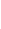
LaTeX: M\! \! \! \! \! \! \! \! \! \! \! \! (s\! \! \! \! \! \! \! \! \! \! \! \! )d\! \! \! \! \! \! \! \! \! \! \! \! \alpha\! \! \! \! \! \! \! \! \! \! \! \! (\! \! \! \! \! \! \! \! \! \! \! \! \theta\! \! \! \! \! \! \! \! \! \! \! \! (s\! \! \! \! \! \! \! \! \! \! \! \! \cdot\! \! \! \! \! \! \! \! \! \! \! \! t\! \! \! \! \! \! \! \! \! \! \! \! )\! \! \! \! \! \! \! \! \! \! \! \! )\! \! \! \! \! \! \! \! \! \! \!